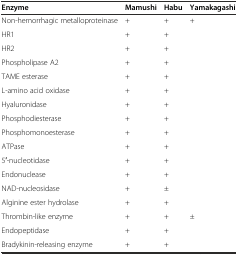
<table><thead><tr><td><b>Enzyme</b></td><td><b>Mamushi</b></td><td><b>Habu</b></td><td><b>Yamakagashi</b></td></tr></thead><tbody><tr><td>Non-hemorrhagic metalloproteinase</td><td>+</td><td>+</td><td>+</td></tr><tr><td>HR1</td><td>+</td><td>+</td><td></td></tr><tr><td>HR2</td><td>+</td><td>+</td><td></td></tr><tr><td>Phospholipase A2</td><td>+</td><td>+</td><td></td></tr><tr><td>TAME esterase</td><td>+</td><td>+</td><td></td></tr><tr><td>L-amino acid oxidase</td><td>+</td><td>+</td><td></td></tr><tr><td>Hyaluronidase</td><td>+</td><td>+</td><td></td></tr><tr><td>Phosphodiesterase</td><td>+</td><td>+</td><td></td></tr><tr><td>Phosphomonoesterase</td><td>+</td><td>+</td><td></td></tr><tr><td>ATPase</td><td>+</td><td>+</td><td></td></tr><tr><td>5′-nucleotidase</td><td>+</td><td>+</td><td></td></tr><tr><td>Endonuclease</td><td>+</td><td>+</td><td></td></tr><tr><td>NAD-nucleosidase</td><td>+</td><td>±</td><td></td></tr><tr><td>Alginine ester hydrolase</td><td>+</td><td>+</td><td></td></tr><tr><td>Thrombin-like enzyme</td><td>+</td><td>+</td><td>±</td></tr><tr><td>Endopeptidase</td><td>+</td><td>+</td><td></td></tr><tr><td>Bradykinin-releasing enzyme</td><td>+</td><td>+</td><td></td></tr></tbody></table>